system: You are a helpful assistant.
user:
Analyze the provided spectrum to determine if it is a **White Dwarf (WD)**.

A White Dwarf spectrum is defined by its **extreme purity** (due to gravitational settling) and/or **extreme pressure broadening** (due to high surface gravity). You must check for one of the following mutually exclusive signatures:

- **Key Visual Indicators (Check for ONE of these types):**

    - **1. DA-Type Signature (Most Common):**
        - **(Primary Feature):** Extreme pressure broadening (Stark broadening) of the **Hydrogen (H) Balmer lines**.
        - **(Key Lines):** $H\beta$ (approx. $4861$ Å) and $H\gamma$ (approx. $4340$ Å). $H\alpha$ (approx. $6563$ Å) will also be present if the wavelength range covers it.
        - **(Line Profile):** This is the **defining feature**. The lines are **NOT** sharp. They appear as massive, **extremely broad and deep "troughs" or "dips"** in the spectrum, often hundreds of Ångströms wide. The continuum will appear to "scoop" down at these wavelengths.
        - **(Distinction):** Normal A-type or B-type stars have *narrow* and *sharp* Hydrogen lines. A DA White Dwarf's lines are unmistakably "smeared" or "blurry" from pressure.

    - **2. DB-Type Signature:**
        - **(Primary Feature):** Broad absorption lines from **Neutral Helium (He I)**. The spectrum must lack any visible Hydrogen lines.
        - **(Key Lines):** Look for broad absorption near $4471$ Å, $4921$ Å, and $5876$ Å.
        - **(Line Profile):** These lines are also significantly pressure-broadened, appearing much wider than they would in a normal B-type main-sequence star.

    - **3. DC-Type Signature:**
        - **(Primary Feature):** A **featureless continuous spectrum**.
        - **(Line Profile):** The spectrum is a smooth curve with **no significant absorption or emission lines**.
        - **(Key Confirmation):** The continuum is almost always **blue or white**, indicating a hot object. This signature implies the atmosphere is so pure (or so cool) that no spectral lines are visible in the optical range. Its WD identity is confirmed by its extremely low intrinsic brightness (high absolute magnitude).

    - **4. DZ-Type Signature (Metal-Polluted):**
        - **(Primary Feature):** **Isolated, narrow metal absorption lines** on an otherwise featureless (DC-like) continuum.
        - **(Key Lines):** The **Calcium (Ca II) H & K doublet** (approx. **$3934$ Å** and **$3968$ Å**) is the most common and defining feature.
        - **(Line Profile):** These lines are "out of place." They are *not* part of a "forest" of thousands of lines. This signature is evidence of recent *accretion* (pollution) from rocky debris.
        - **(Distinction):** Normal G/K/M stars have a *dense forest* of thousands of metal lines. A DZ has a *clean* continuum with *only a few* strong metal lines.

    - **5. DQ-Type Signature (Carbon-Polluted):**
        - **(Primary Feature):** Absorption bands from **Carbon (C₂ "Swan Bands" or atomic C I)**.
        - **(Key Lines - C₂):** Look for bandheads with a "saw-tooth" shape near $5635$ Å, **$5165$ Å** (strongest), and $4737$ Å.
        - **(Key Confirmation):** The underlying **continuum must be blue or white** (hot).
        - **(Distinction):** This is the critical difference from a **Carbon Star**, which has the *exact same* C₂ bands but on an extremely **red, cool** continuum.

- **(Overall Spectrum):**
    - The continuum (overall shape) is typically **blue-sloping** (brighter in the blue than the red), as most white dwarfs are very hot.
    - The spectrum will look "pure" or "simple," dominated by only *one* of the five signatures listed above.

Think first, call **spectral_visualization_tool** if needed to examine features in detail, then provide your final answer. Your response must adhere to the following strict rules:
1.  **Overall Structure:** Your response must follow the format `<think>...</think> <tool_call>...</tool_call> (if a tool is used) <answer>...</answer>`.
2.  **Tool Usage Constraint:** You may only make **one** tool call per turn.
3.  **Final Answer Format:** In the `<answer>` tag, your conclusion must be inside a `\boxed{}` command (e.g., `\boxed{YES}` or `\boxed{NO}`), followed by your justification.

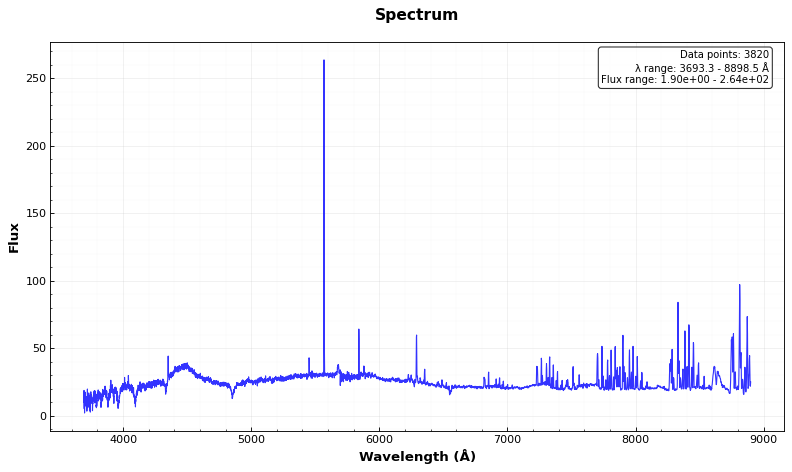
Answer: YES